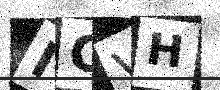
Text: ICVH